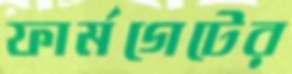
ফার্মগেটের